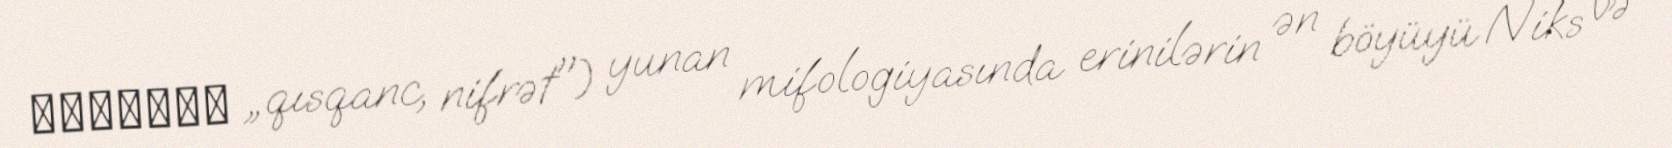
Μέγαιρα „qısqanc, nifrət") yunan mifologiyasında erinilərin ən böyüyü Niks və